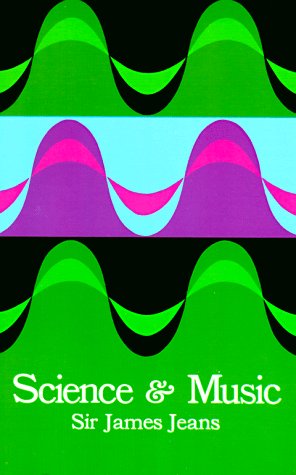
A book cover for Science and Music (Dover Books on Music); Sir James H. Jeans; Science & Math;